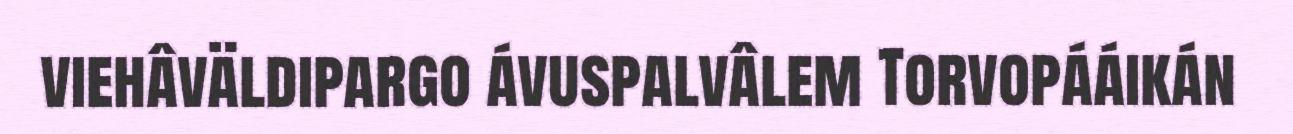
viehâväldipargo ávuspalvâlem Torvopááikán